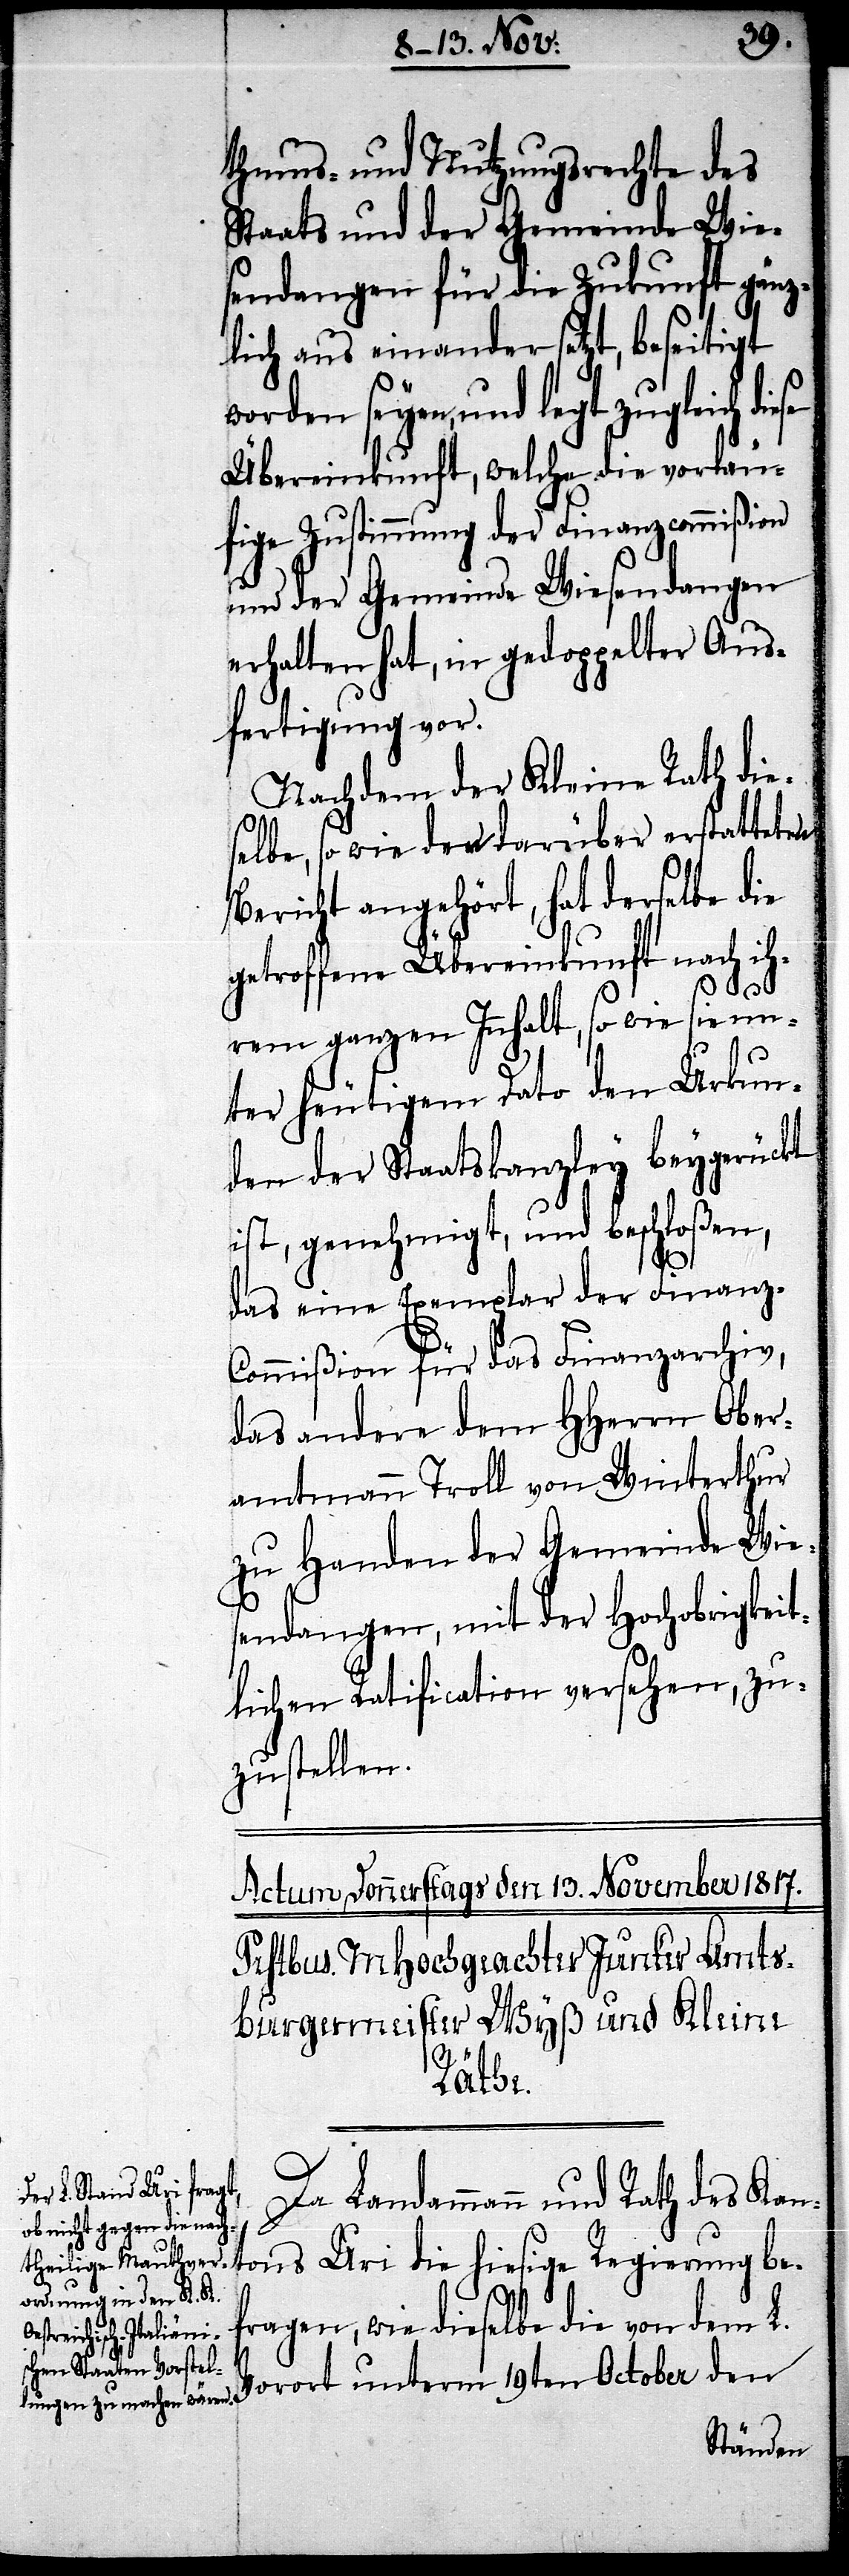
thums- und Nutzungsrechte des
Staats und der Gemeinde Wie¬
sendangen für die Zukunft gänz¬
lich auseinandersetzt, beseitigt
ri die hiesige Regierung bef¬
Übereinkunft, welche die vorläu¬
fige Zustimmung der Finanzcommißion
und der Gemeinde Wiesendangen
erhalten hat, in gedoppelter Aus¬
fertigung vor.
Nachdem der Kleine Rath die¬
selbe, so wie den darüber erstatteten
Bericht angehört, hat derselbe die
getroffene Übereinkunft nach ih¬
tons U¬
rem ganzen Innhalt, so wie sie un¬
ter heutigem Dato den Urkun¬
den der Staatskanzley beygerückt
ist, genehmigt, und beschloßen,
daß eine Exemplar der Finanz-C¬
ommißion für das Finanzarchiv,
das andere dem HHerrn Ober¬
amtmann Troll von Winterthur
zu Handen der Gemeinde Wies¬
endangen, mit der Hochobrigkeit¬
lichen Ratification versehen, zu¬
zustellen.
Da Landammann und Rath des Kan¬
ragen, wie dieselbe die von dem L.
Vorort unterm 19ten October den